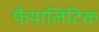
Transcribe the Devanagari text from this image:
फैयालिटिक